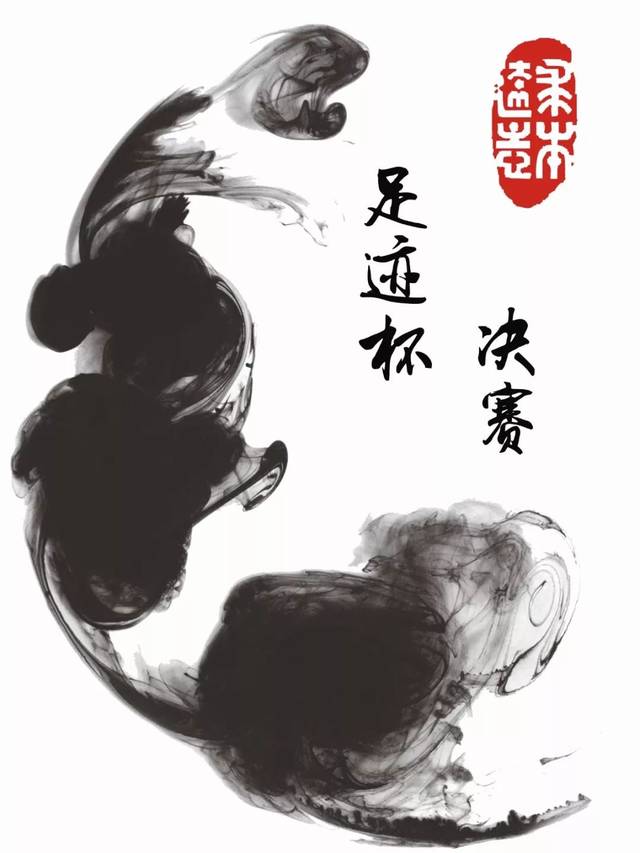
运筹帷幄之中，制胜於无形